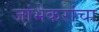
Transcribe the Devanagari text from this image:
जांभेकरांचा